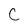
Character: C